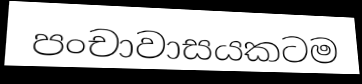
පංචාවාසයකටම